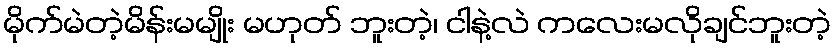
မိုက်မဲတဲ့မိန်းမမျိုး မဟုတ် ဘူးတဲ့၊ ငါနဲ့လဲ ကလေးမလိုချင်ဘူးတဲ့